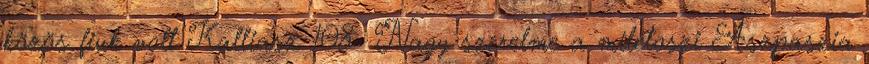
közös fiuk volt Kalliasz. 108 Nagy szerelme a milétoszi Aszpaszia